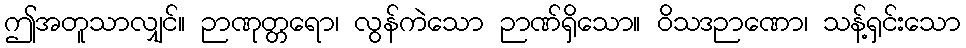
ဤအတူသာလျှင်။ ဉာဏုတ္တရော၊ လွန်ကဲသော ဉာဏ်ရှိသော။ ဝိသဒဉာဏော၊ သန့်ရှင်းသော